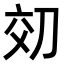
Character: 𫥿